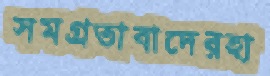
সমগ্রতাবাদেরহা